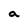
Character: a